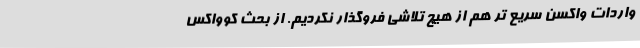
واردات واکسن سریع ‌تر هم از هیچ تلاشی فروگذار نکردیم. از بحث کوواکس